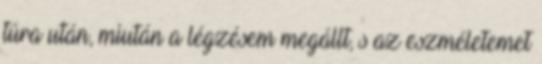
túra után, miután a légzésem megállt, s az eszméletemet